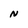
Character: N